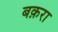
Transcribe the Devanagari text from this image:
बक़रा